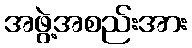
အဖွဲ့အစည်းအား